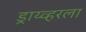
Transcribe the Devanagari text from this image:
ड्राय्व्हरला